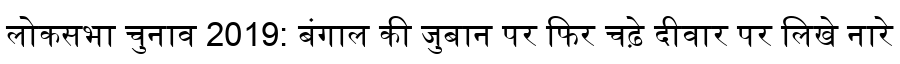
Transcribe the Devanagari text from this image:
लोकसभा चुनाव 2019: बंगाल की जुबान पर फिर चढ़े दीवार पर लिखे नारे